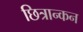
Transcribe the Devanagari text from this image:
छित्रान्कन